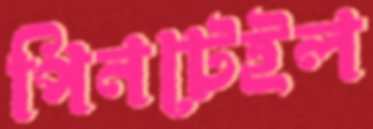
পিনটেইল